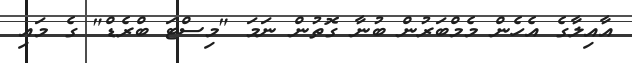
އާއިލާގެ އެހެން މެމްބަރުން ބުނާ ގޮތުން ނަމަ "މިސްޓަ ބްރެޑް" ގެ މައި